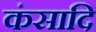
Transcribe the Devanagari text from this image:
कंसादि